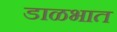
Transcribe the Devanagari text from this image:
डाळभात